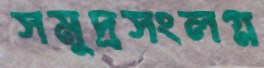
সমুদ্রসংলগ্ন